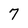
Character: 7